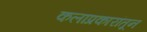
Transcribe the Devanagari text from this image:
कलाप्रकारांतून